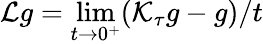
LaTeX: \mathcal{L}g=\operatorname*{lim}_{t\rightarrow 0^{+}}(\mathcal{K}_{\tau}g-g)/t